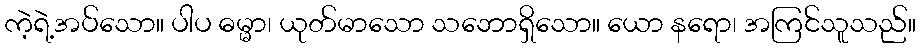
ကဲ့ရဲ့အပ်သော။ ပါပ ဓမ္မာ၊ ယုတ်မာသော သဘောရှိသော။ ယော နရော၊ အကြင်သူသည်။